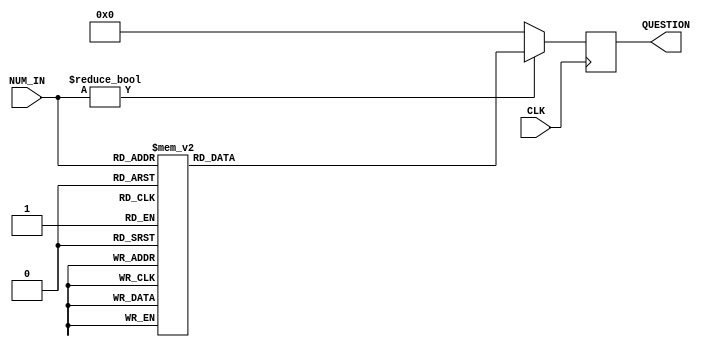
module DB (
    input  CLK,
    input  [3:0] NUM_IN, //0 ~ 11 ??
    output reg [23:0] QUESTION
);

 reg [23:0] Q_table[10:0];   //26bit?32?




 initial begin
    //QUESTION <= 24'b0;
    
    // Q_table[0] <=  24'b000000000000000000000000;
    //                 //000000110000?4bit????0000 0011 0000?????????????0,3,0????????????????????????
    // Q_table[1] <=  24'b000000100111001000100010;
    //                 //???00 ??=>27 ?? 3 3 3 - - -
    // Q_table[2] <=  24'b0000_0100_0010_000100100100;
    //                 //????01  101010 => 42  - - - 2 3 7=>1 2 4???  

    // Q_table[3] <=  24'b000000110000000100100011;
               
    // Q_table[4] <=  24'b000000100111001000100010;
                       
    // Q_table[5] <=  24'b000001000010000100100100;
                        

    // Q_table[6] <=  24'b000000110000000100100011;

    // Q_table[7] <=  24'b000000100111001000100010;

    // Q_table[8] <=  24'b000001000010000100100100;

    Q_table[0] <=  24'b0000_0000_0000_0000_0000_0000;
                    //0000001100004bit0000 0011 00000,3,0
    Q_table[1] <=  24'b0000_0010_0111_0010_0010_0010;//QUE > 27 ANS > 2 2 2
                    
    Q_table[2] <=  24'b0000_0100_0010_0100_0010_0001;//QUE > 42 ANS > 4 2 1

    Q_table[3] <=  24'b0000_0011_0000_0011_0010_0001;//QUE > 30 ANS > 3 2 1 
               
    Q_table[4] <=  24'b0011_0100_0011_0100_0100_0100;//QUE > 343 ANS > 4 4 4 
                       
    Q_table[5] <=  24'b0001_0010_0101_0011_0011_0011;//QUE > 125 ANS > 3 3 3                        

    Q_table[6] <=  24'b0001_1001_0101_0110_0011_0010;//QUE > 195 ANS > 6 3 2 

    Q_table[7] <=  24'b0000_0000_1000_0001_0001_0001;//QUE > 8 ANS > 1 1 1 

    Q_table[8] <=  24'b0000_0010_1000_0100_0001_0001;//QUE > 28 ANS > 4 1 1 

    Q_table[9] <=  24'b0000_0110_0011_0100_0010_0010;//QUE > 63 ANS > 4 2 2 

    Q_table[10] <=  24'b0001_0100_0100_0100_0010_0001;//QUE > 144 ANS > 8 2 1 

end



// always @(posedge CLK)begin
//   if(NUM_IN == 4'b0)begin
//     QUESTION <= Q_table[0];
//   end
//   else if(NUM_IN != 4'b0)begin
//     QUESTION <= Q_table[NUM_IN];
//   end
// end

always @(posedge CLK) begin
   if(NUM_IN != 4'b0)begin
      QUESTION <= Q_table[NUM_IN];
   end
   else begin
      QUESTION <= 24'b0;
   end
   
end


endmodule